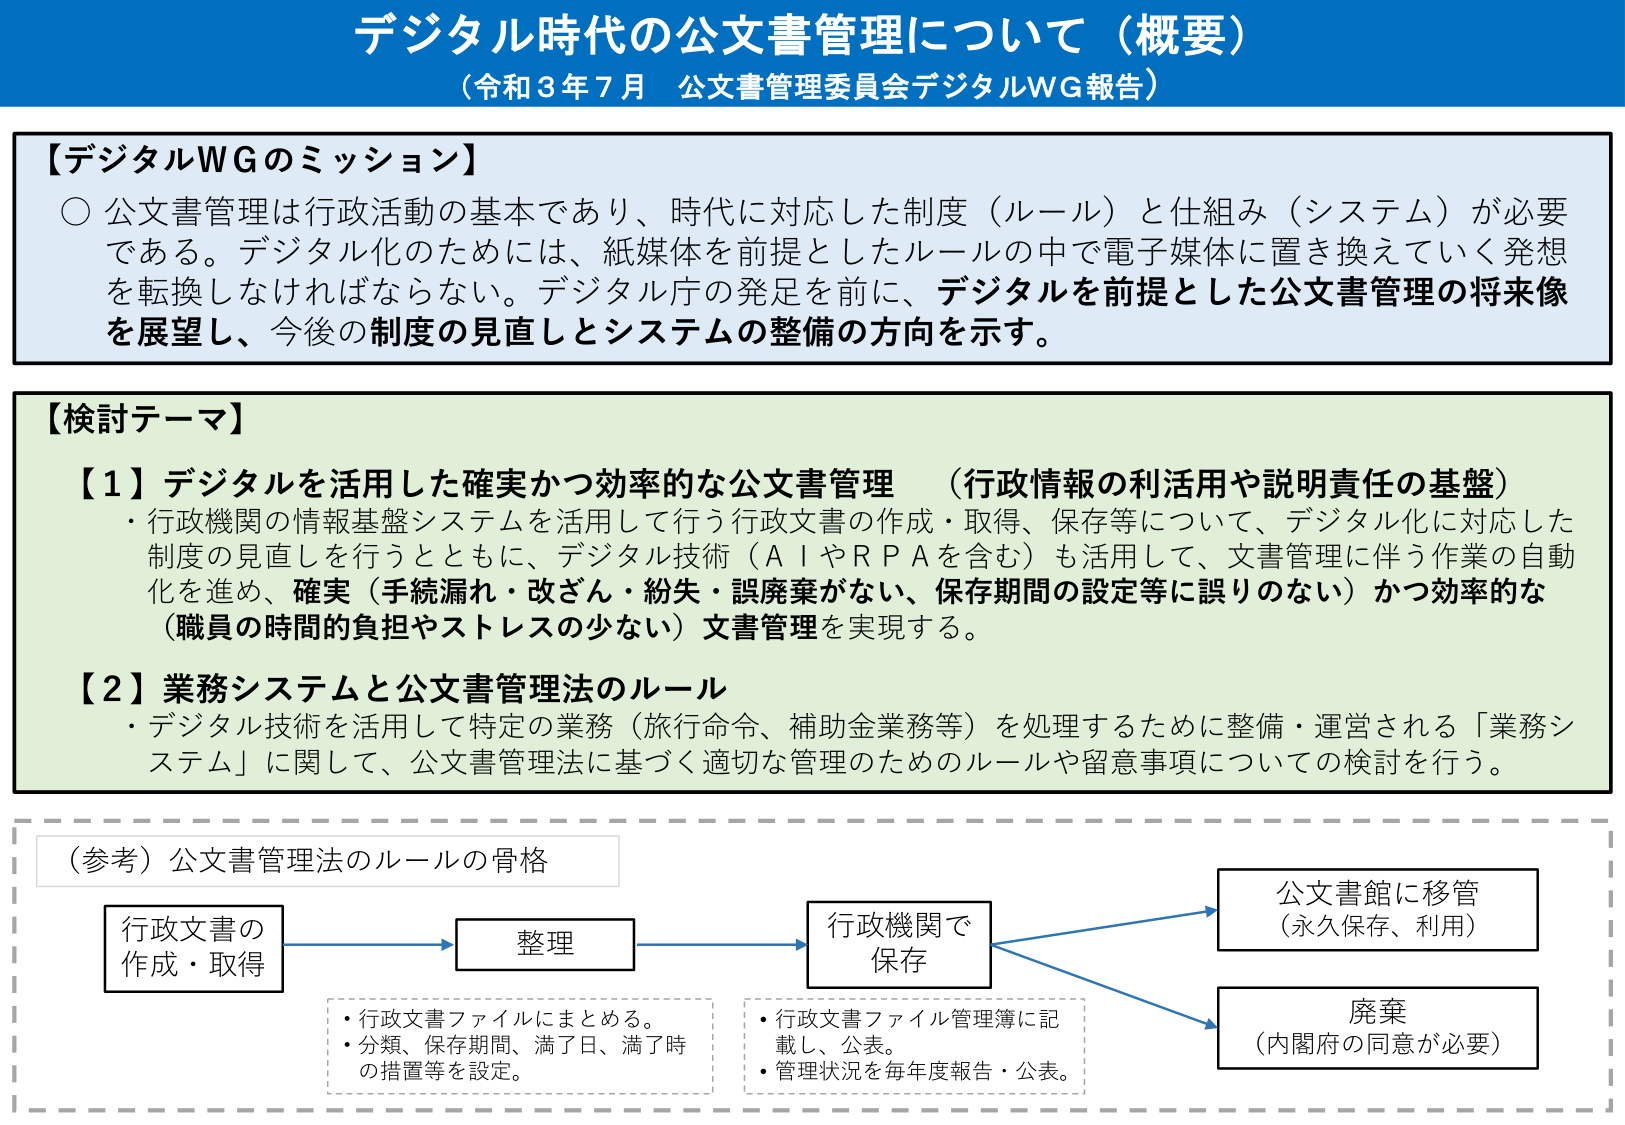
デジタル時代の公文書管理について（概要）
（令和３年７月 公文書管理委員会デジタルWG報告）

【デジタルWGのミッション】
○ 公文書管理は行政活動の基本であり、時代に対応した制度（ルール）と仕組み（システム）が必要である。デジタル化のためには、紙媒体を前提としたルールの中で電子媒体に置き換えていく発想を転換しなければならない。デジタル庁の発足を前に、デジタルを前提とした公文書管理の将来像を展望し、今後の制度の見直しとシステムの整備の方向を示す。

【検討テーマ】
【１】デジタルを活用した確実かつ効率的な公文書管理 （行政情報の利活用や説明責任の基盤）
・ 行政機関の情報基盤システムを活用して行う行政文書の作成・取得、保存等について、デジタル化に対応した制度の見直しを行うとともに、デジタル技術（ＡＩやＲＰＡを含む）も活用して、文書管理に伴う作業の自動化を進め、確実（手続漏れ・改ざん・紛失・誤廃棄がない、保存期間の設定等に誤りのない）かつ効率的（職員の時間的負担やストレスの少ない）文書管理を実現する。

【２】業務システムと公文書管理法のルール
・ デジタル技術を活用して特定の業務（旅行命令、補助金業務等）を処理するために整備・運営される「業務システム」に関して、公文書管理法に基づく適切な管理のためのルールや留意事項についての検討を行う。

（参考）公文書管理法のルールの骨格
行政文書の
作成・取得
→ 整理
→ 行政機関で
保存
→ 公文書館に移管
（永久保存、利用）
→ 廃棄
（内閣府の同意が必要）

・ 行政文書ファイルにまとめる。
・ 分類、保存期間、満了日、満了時の措置等を設定。
・ 行政文書ファイル管理簿に記載し、公表。
・ 管理状況を毎年度報告・公表。